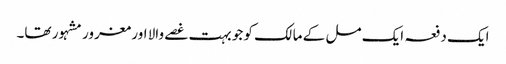
ایک دفعہ ایک مل کے مالک کو جو بہت غصے والا اور مغرور مشہور تھا۔